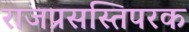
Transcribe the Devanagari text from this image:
राजप्रसस्तिपरक